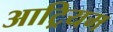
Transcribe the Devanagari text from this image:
आट्रियम